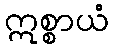
ဣစ္စာယံ